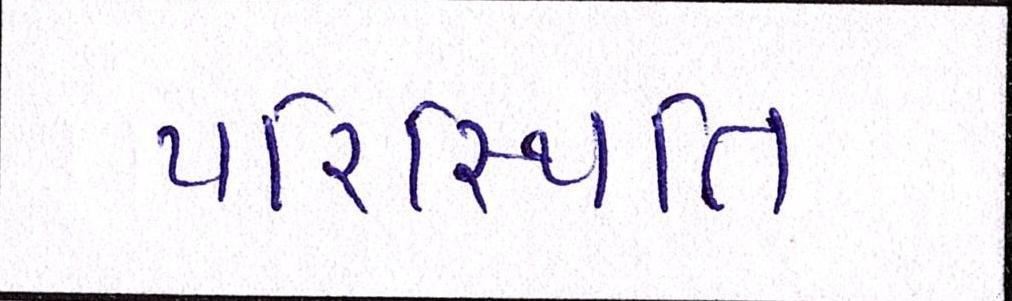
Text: પરિસ્થિતિ